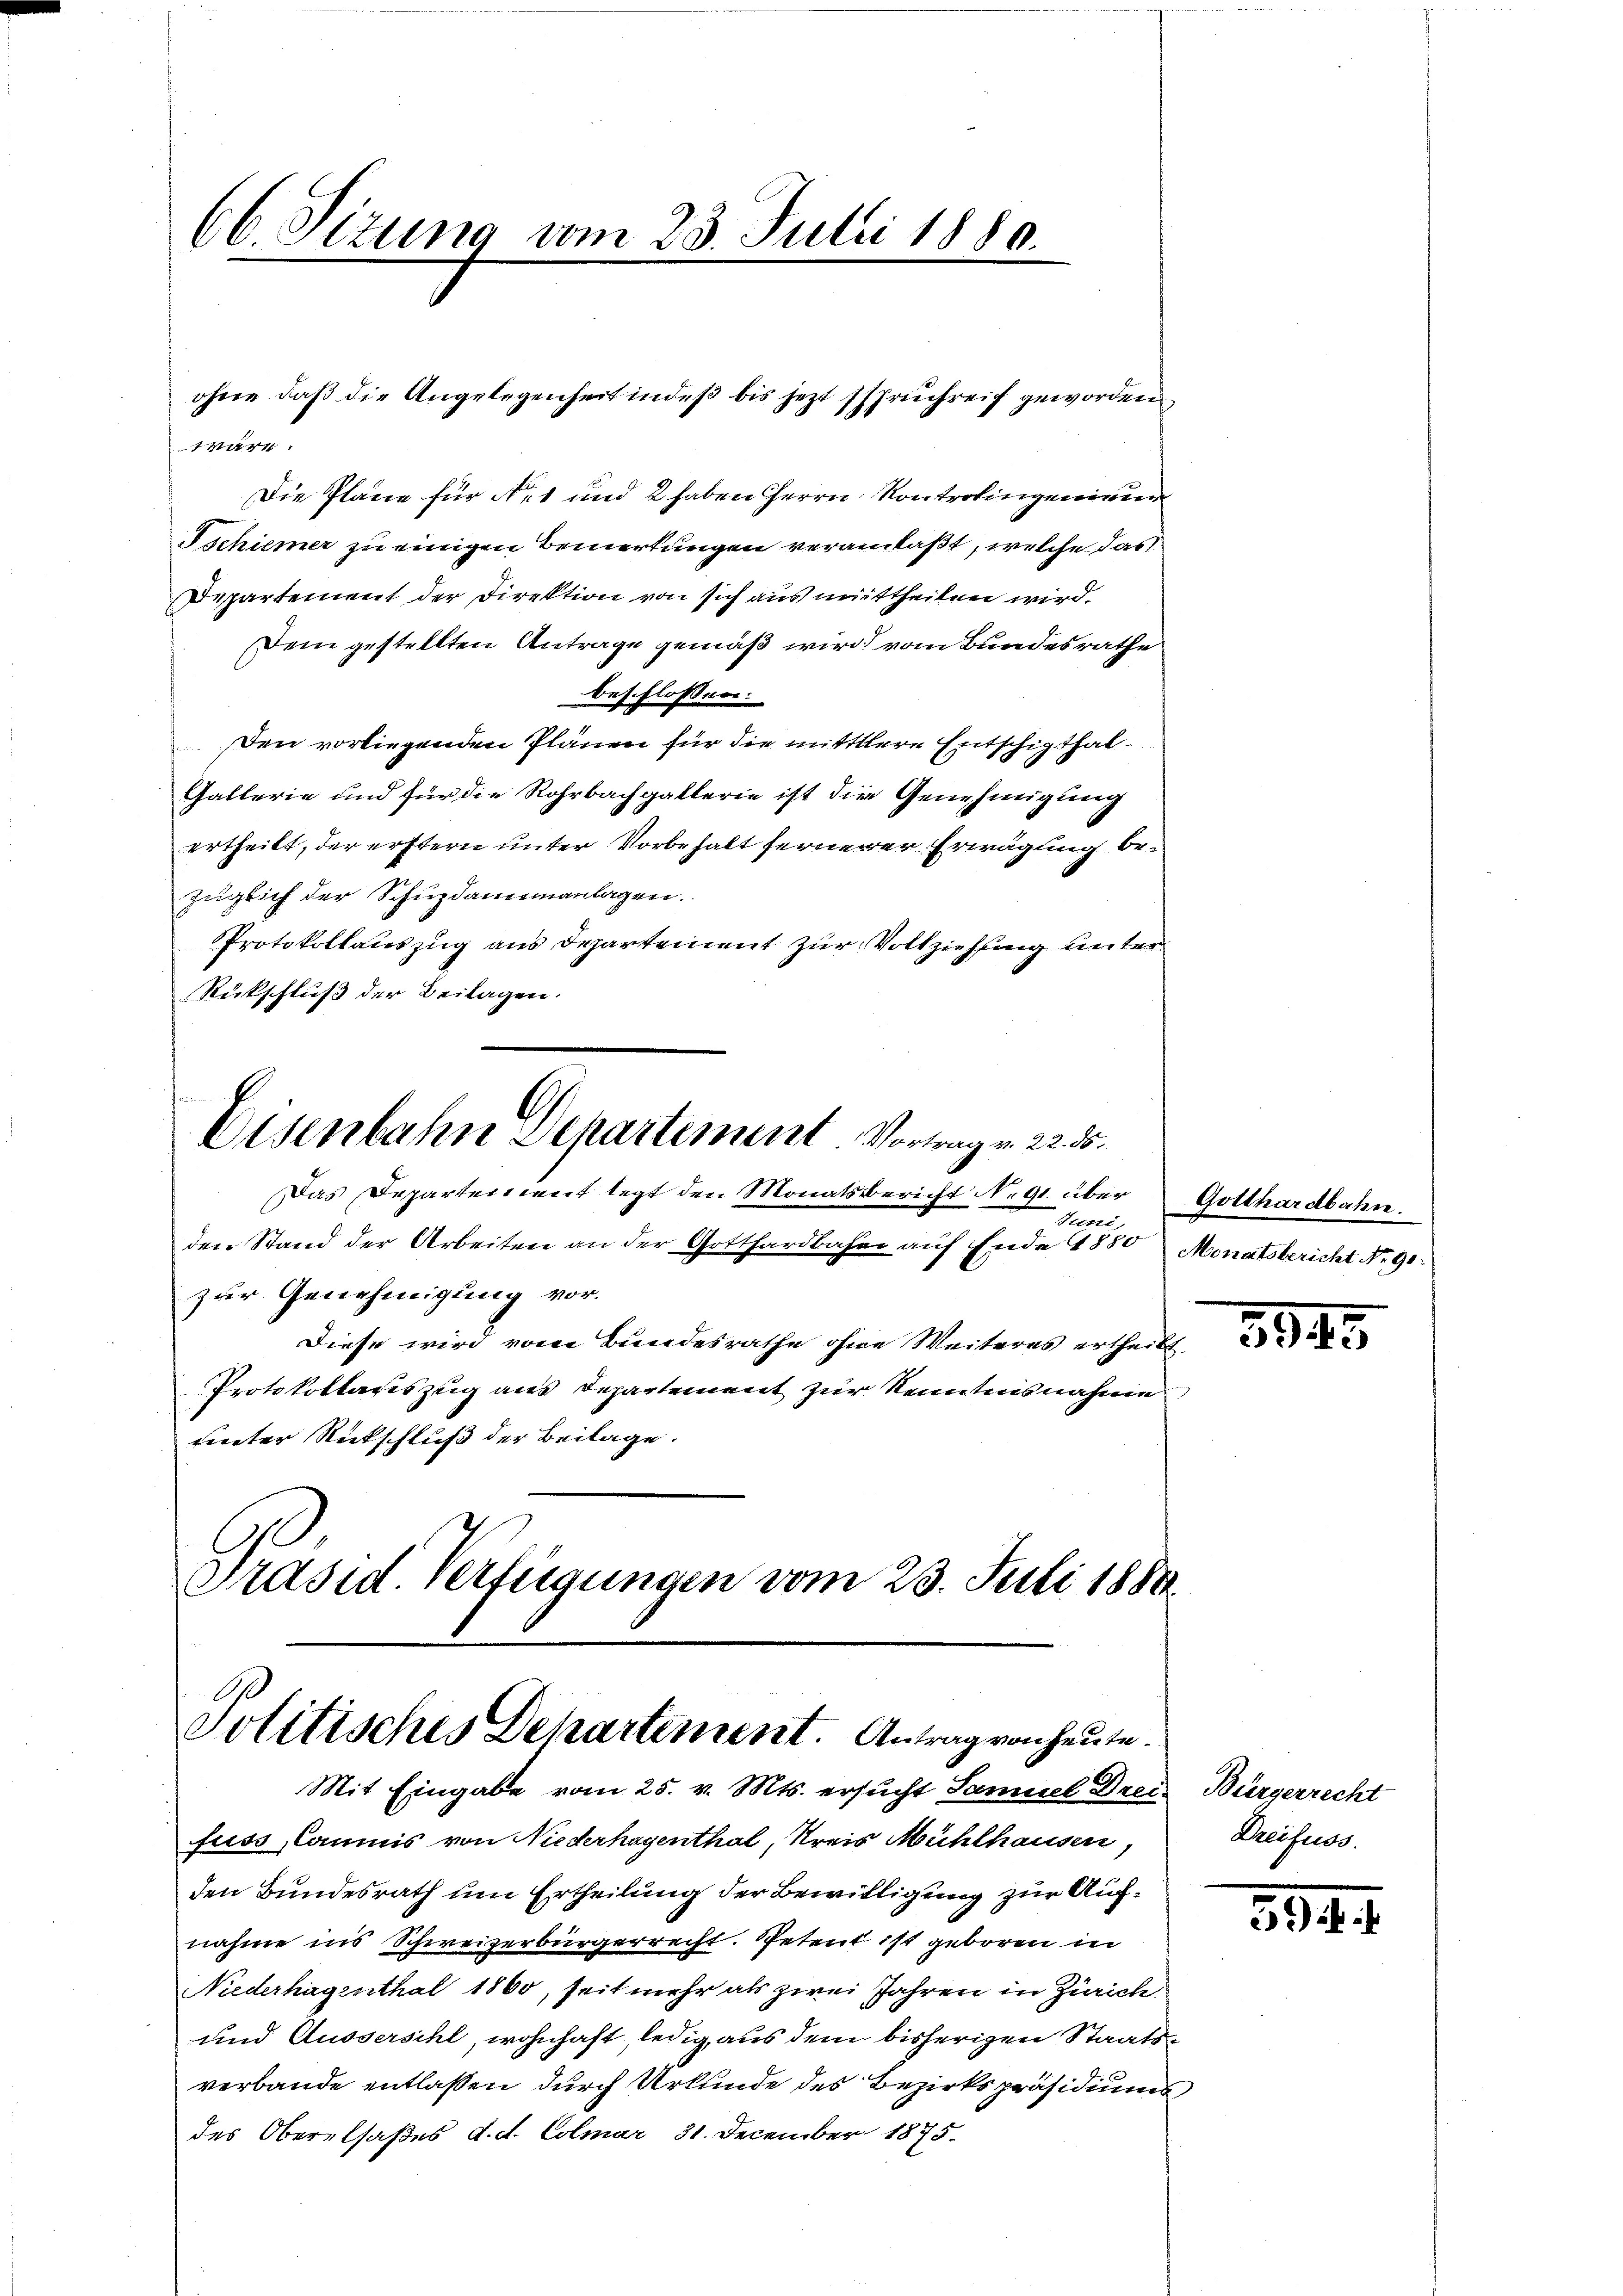
66 Sizung vom 23. Julii 1880.

1 wäre.
Die Pläne für No. 1 und 2 haben Herrn Kontrolingenieur
Tschiener zu einigen Bemerkungen veranlaßt, welche das
Departement der Direktion von sich ausmittheilen wird.
Dem gestellten Antrage gemäß wird vom Bundesrathe
beschlossen:
Den vorliegenden Plänen für die mittlere Entschigthal¬
Gallerie und für die Rohrbachgallerie ist die Genehmigung
ertheilt, der erstern unter Vorbehalt fernerer Erwägung bezüglich der Schupdamnanlagen.
Protokollauszug aus Departement zur Vollziehung unter
Rückschluß der Beilagen.

ohne daß die Angelegenheit indeß bis jezt sspruchreif geworden

n
Eisenbahn Departement Vortrag v. 22. 55.
Das Departement legt den Monatsbericht N. 91. über

Präsid. Verfügungen vom 23. Juli 1884
Politisches Departement. Antrag von heute.
Mit Eingabe vom 25. v. Mts. ersucht Samuel Drei-

Juni,
den Stand der Arbeiten an der Gotthardbahn auf Ende 1880 Monatsbericht No. 91
zur Genehmigung vor.
Diese wird vom Bundesrathe ohne Weiteres ertheilt,
Protokollauszug aus Departement zur Kenntnisnahme
rireter Rückschluß der Beilage.

Gotthardbahn.

fuss, Commis von Niederhagenthal, Kreis Mühlhausen,
den Bundesrath um Ertheilung der Bewilligung zur Aufnahme ins Schweizerbürgerrecht. Petent ist geboren in
Niederhagenthal 1860, seit mehr als zwei Jahren in Zürich
und Aussersihl, wohnhaft, ledig, aus dem bisherigen Staatsverbande entlassen durch Urkunde des Bezirkspräsidiums
des Oberelsaßes d. d. Colmar 31. December 1875.

3045

Bürgerrecht
Dreifuss.

394